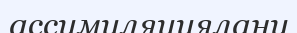
ассимиляциялану